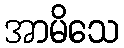
အာမိသေ